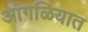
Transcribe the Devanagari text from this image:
आंगळियात